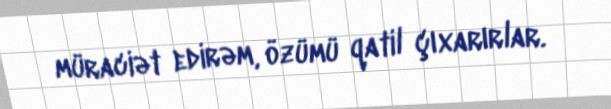
müraciət edirəm, özümü qatil çıxarırlar.